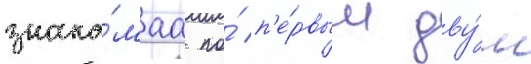
знако́маа по́ п'е́рвым дву́м